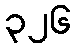
၃၂၆